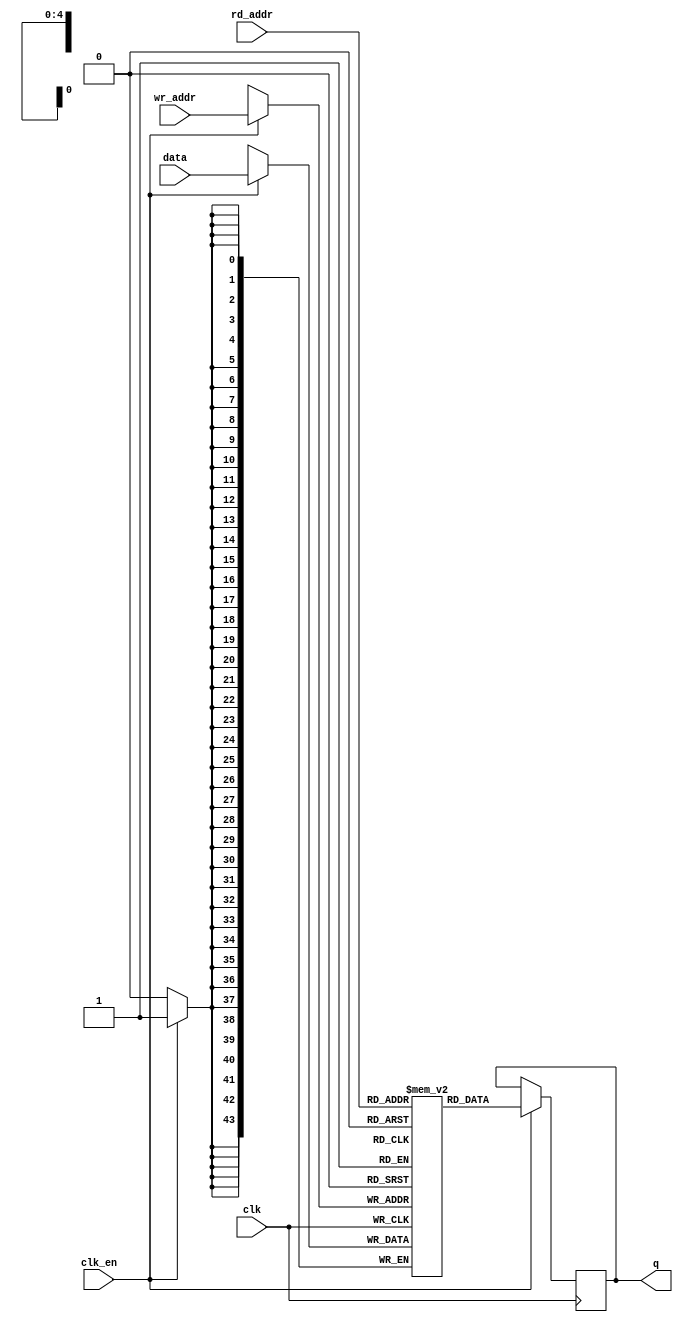
module jt12_opram
(
	input [4:0] wr_addr,
	input [4:0] rd_addr,
	input clk, 
	input clk_en,
	input [43:0] data,
	output reg [43:0] q
);

	reg [43:0] ram[31:0];

	always @ (posedge clk) if(clk_en) begin
		q <= ram[rd_addr];
		ram[wr_addr] <= data;
	end

endmodule